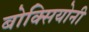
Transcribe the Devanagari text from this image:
बोक्सियोनी